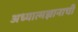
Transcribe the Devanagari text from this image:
अध्यात्मज्ञानाची